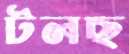
টলছ